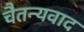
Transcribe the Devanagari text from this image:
चैतन्यवाद